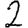
Digit: 2